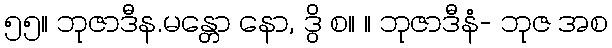
၅၅။ ဘုဇာဒီန.မန္တော နော, ဒွိ စ။ ။ ဘုဇာဒီနံ- ဘုဇ အစ